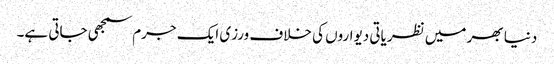
دنیا بھر میں نظریاتی دیواروں کی خلاف ورزی ایک جرم سمجھی جاتی ہے۔